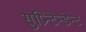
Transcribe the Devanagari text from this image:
सुप्रिन्टेन्डेन्ट